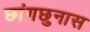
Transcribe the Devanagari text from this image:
छांगछुनास